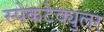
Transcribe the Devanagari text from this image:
स्पेकटेक्युलर